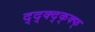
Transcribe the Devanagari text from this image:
द्द्क्द्क्क्फ्